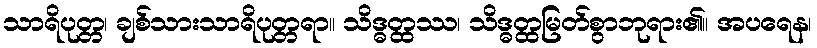
သာရိပုတ္တ၊ ချစ်သားသာရိပုတ္တရာ။ သိဒ္ဓတ္ထဿ၊ သိဒ္ဓတ္ထမြတ်စွာဘုရား၏။ အပရေန၊